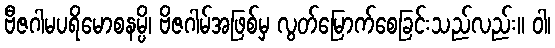
ဗီဇဂါမပရိမောစနမ္ပိ၊ ဗိဇဂါမ်အဖြစ်မှ လွတ်မြောက်စေခြင်းသည်လည်း။ ဝါ၊